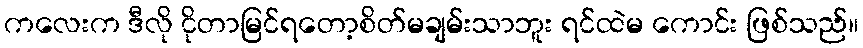
ကလေးက ဒီလို ငိုတာမြင်ရတော့စိတ်မချမ်းသာဘူး ရင်ထဲမ ကောင်း ဖြစ်သည်။